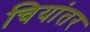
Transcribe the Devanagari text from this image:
चियांतर